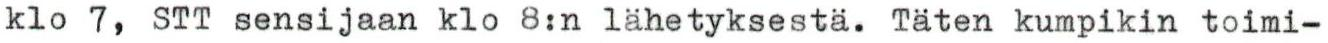
klo 7, STT sensijaan klo 8:n lähetyksestä. Täten kumpikin toimi-